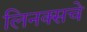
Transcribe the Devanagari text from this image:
लिनक्सचे